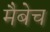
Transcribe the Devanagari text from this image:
मैबेच